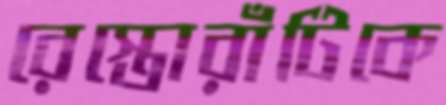
রেস্তোরাঁটিকে